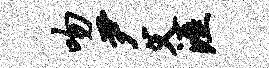
吻尹父涯